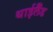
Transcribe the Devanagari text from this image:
थाईलैँड